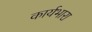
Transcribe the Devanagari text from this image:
कार्यभारा